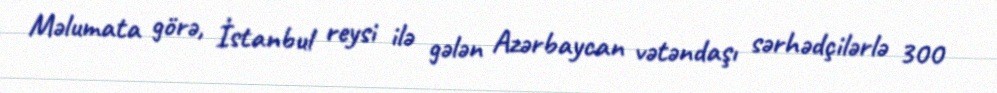
Məlumata görə, İstanbul reysi ilə gələn Azərbaycan vətəndaşı sərhədçilərlə 300